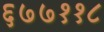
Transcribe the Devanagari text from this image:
६७७११८